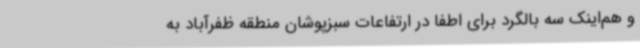
و هم‌اینک سه بالگرد برای اطفا در ارتفاعات سبزپوشان منطقه ظفرآباد به